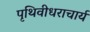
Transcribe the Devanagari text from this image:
पृथिवीधराचार्य